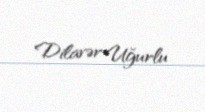
Dilavər Uğurlu